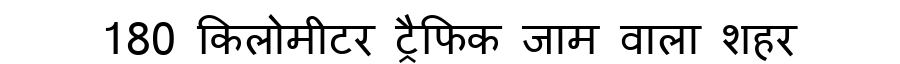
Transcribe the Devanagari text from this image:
180 किलोमीटर ट्रैफिक जाम वाला शहर